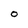
Character: 0